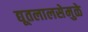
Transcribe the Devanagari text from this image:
द्यूतलालसेमुळे